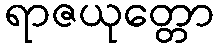
ရာဇယုတ္တော